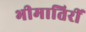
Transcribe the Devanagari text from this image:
भीमातिरीं